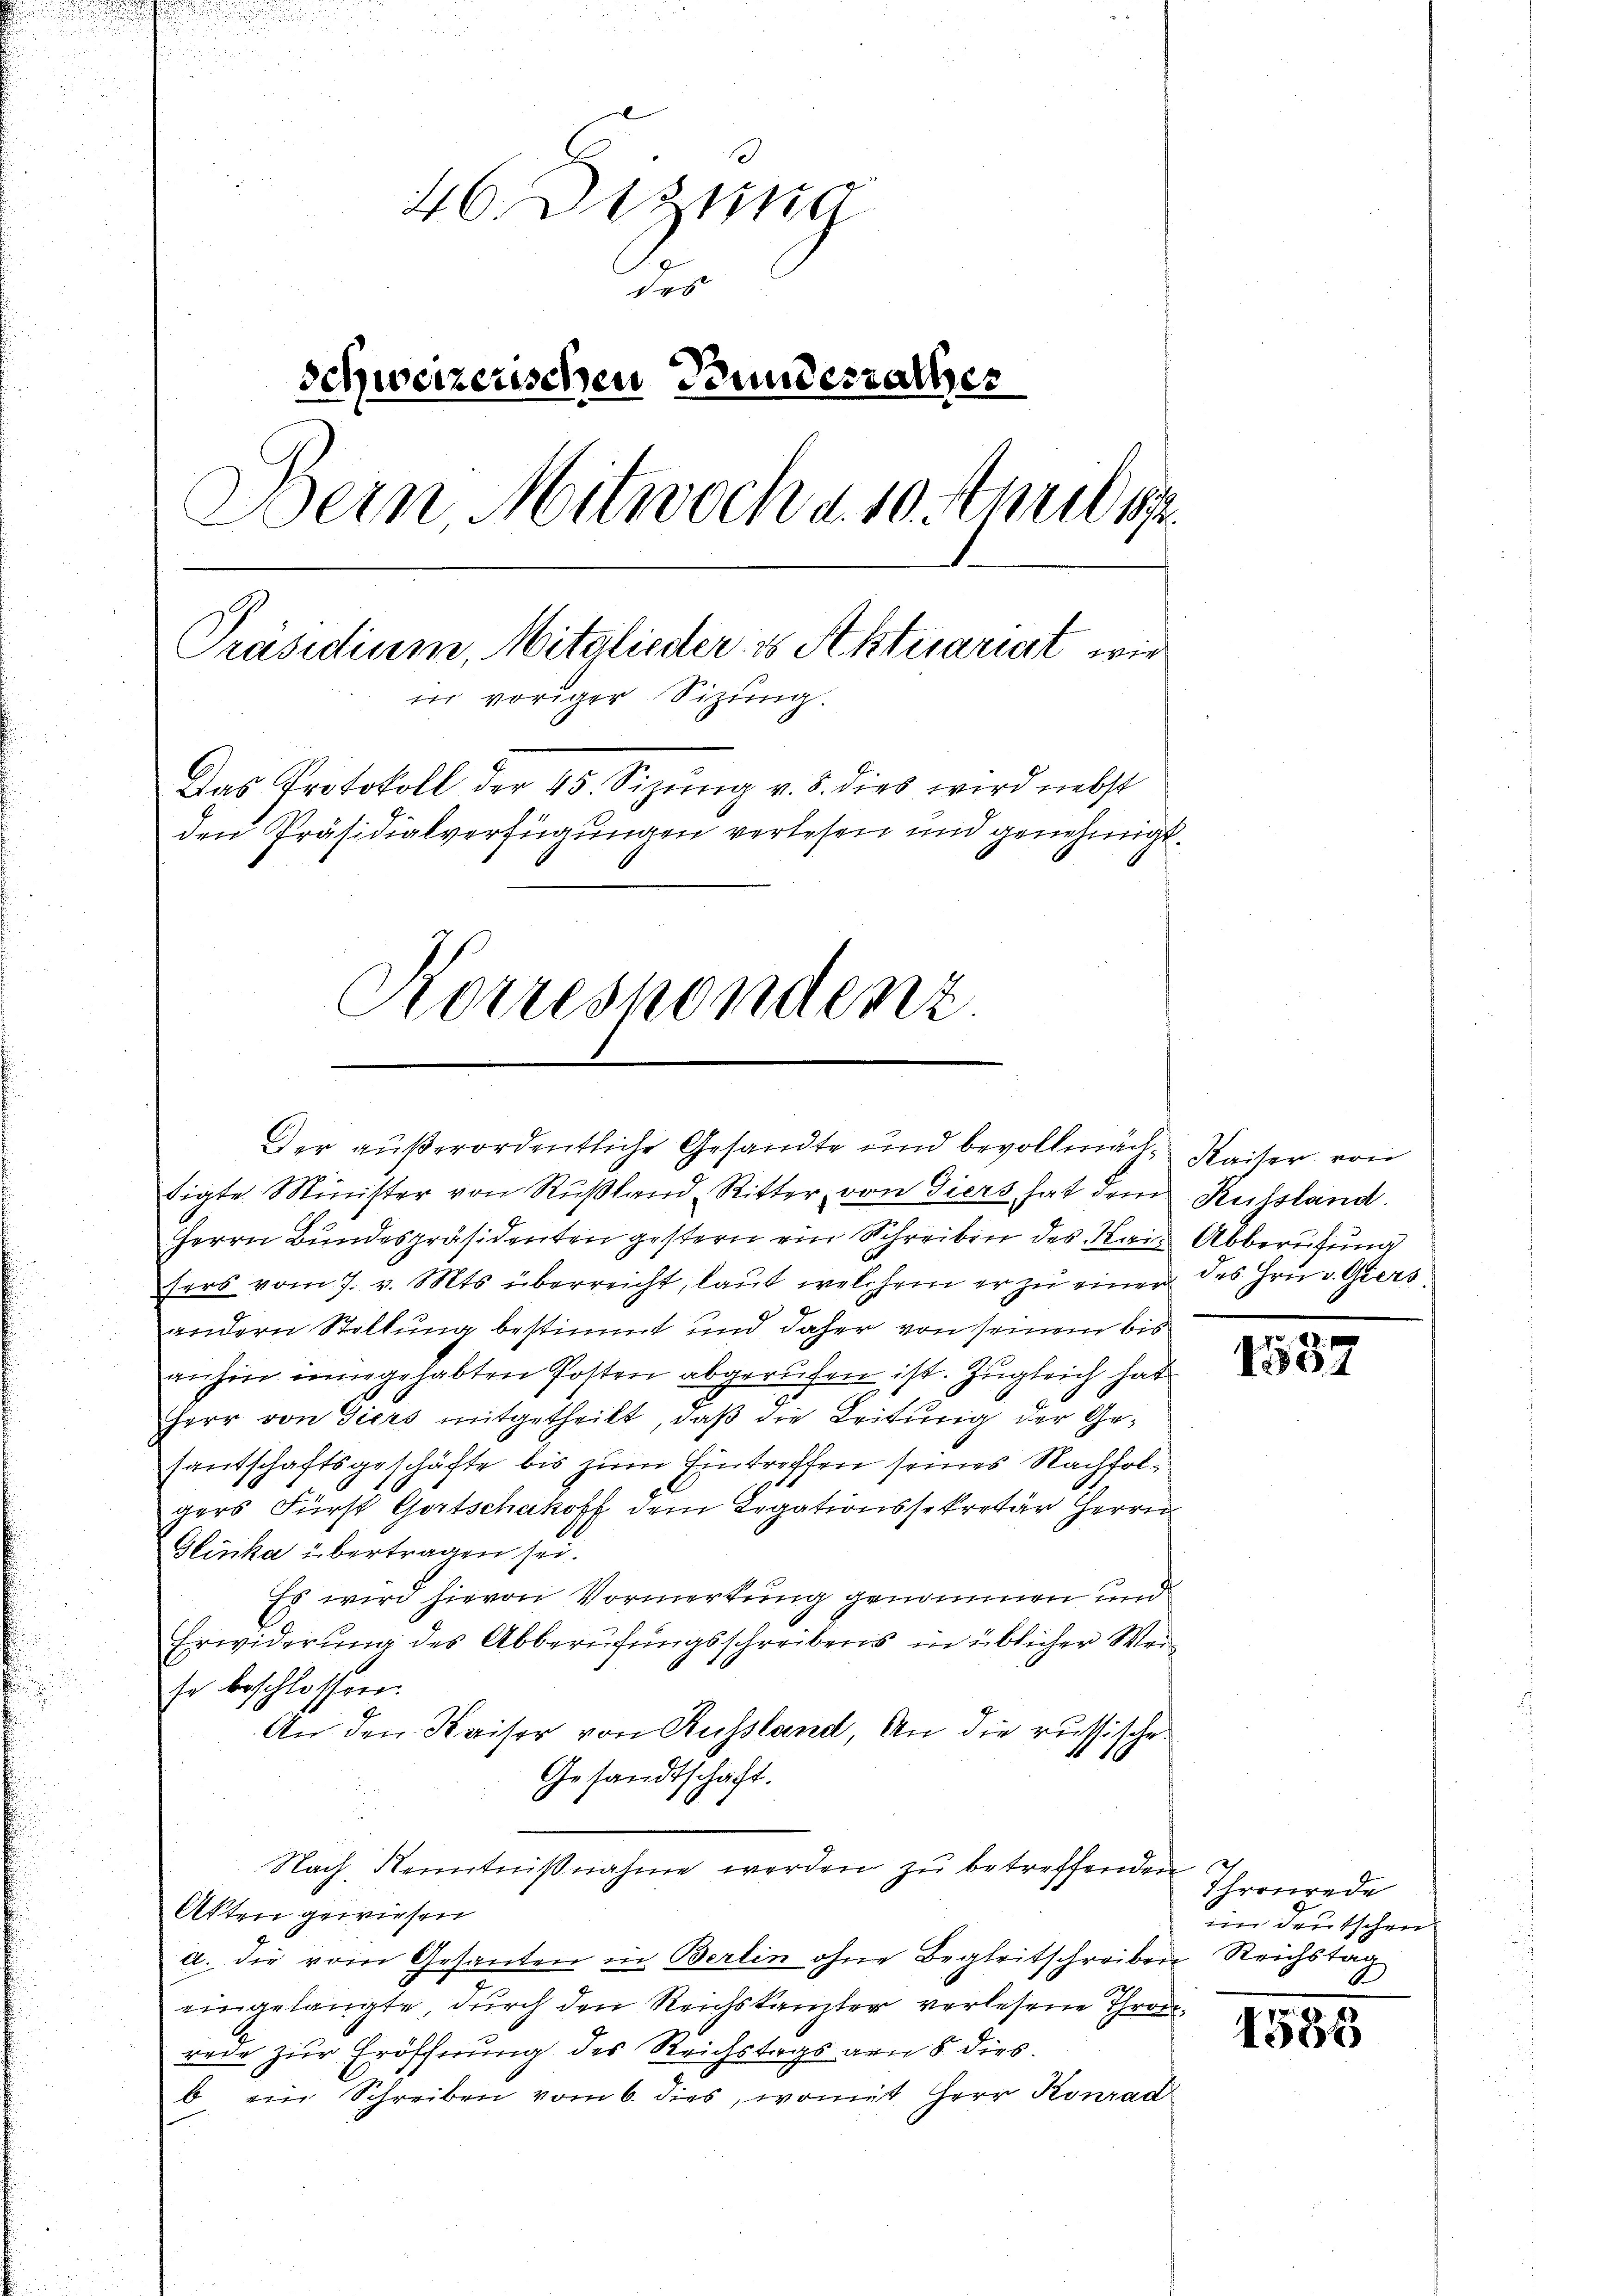
46. Dezung
des
Schweizerischen Bunderrathes
Bein Mitwoch d. 10. April 1874
Präsidium, Mitglieder es Aktuariat wir
in voriger Sitzung.
Das Protokoll der 45. Sizung v. 5. dies wird nebst
den Präsidialverfügungen verlesen und genehmigt.

Korrespondenz.

Der außerordentliche Gesandte und bevollmache Kaiser von
tigte Minister von Rŭβland Ritter, von Giers hat dem Kussland.
Herrn Bundespräsidenten gestern ein Schreiben des Kann Abberufung
fers vom 7. v. Mts. überreicht, laut welchem er zŭ einer des Hrn. v. Giers
andern Stellung bestimmt und daher von seinem bis
anhin inningehabten Posten abgerufen ist. Zugleich hat
Herr von Tiers mitgetheilt, daß die Leitung der Gesantschaftsgeschäfte bis zum Eintreffen seines Nachfolgers Fürst Gortschakoff dem Legationssekretär Herrn
Glinka übertragen sei.
Es wird hievon Vormerkung genommen und
Erwiderung des Abberufungsschreibens in üblicher Wer-
se beschlossen:
An den Kaiser von Russland, An die russische
Gesandtschaft.
Nach Kenntnißnahme werden zu betreffenden
Akten gewiesen
a. die vom Gesanten in Berlin ohne Begleitschreiben Reichstag
eingelangte, durch den Reichskanzler verlesene Thronrede zur Eröffnung des Reichstags von 8 dies
b ein Schreiben vom 6. dies, womit Herr Konrad

1537

Thronrede
iin Deutschen

1588